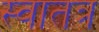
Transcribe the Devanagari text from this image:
स्वातत्र